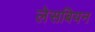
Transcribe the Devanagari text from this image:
लेसबियन